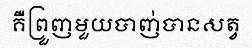
គឺព្រួញមួយបាញ់បានសត្វ